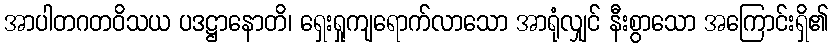
အာပါတဂတဝိသယ ပဒဋ္ဌာနောတိ၊ ရှေးရှုကျရောက်လာသော အာရုံလျှင် နီးစွာသော အကြောင်းရှိ၏